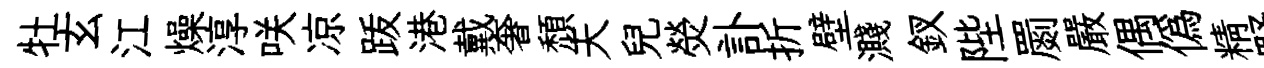
牡玄江燥淳咲凉䟦港戴奢頹天兒熒訃折壁濺釵陛罽嚴偶偽精野